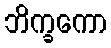
ဘိက္ခကော